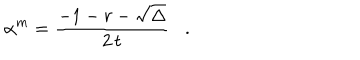
\alpha ^ { m } = \frac { - 1 - r - \sqrt { \Delta } } { 2 \, t } .